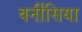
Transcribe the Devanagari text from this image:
बर्नीसिया